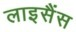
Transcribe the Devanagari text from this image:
लाइसैंस